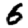
Digit: 6